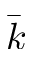
\bar { k }